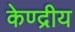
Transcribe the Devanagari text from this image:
केण्द्रीय